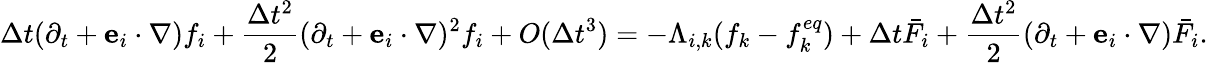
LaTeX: \Delta t({\partial_{t}}+{{\mathbf{e}}_{i}}\cdot\nabla){f_{i}}+\frac{{\Delta{t^{2}}}}{2}{({\partial_{t}}+{{\mathbf{e}}_{i}}\cdot\nabla)^{2}}{f_{i}}+O(\Delta{t^{3}})=-{\Lambda_{i,k}}({f_{k}}-f_{k}^{eq})+\Delta t{{\bar{F}}_{i}}+\frac{{\Delta{t^{2}}}}{2}({\partial_{t}}+{{\mathbf{e}}_{i}}\cdot\nabla){{\bar{F}}_{i}}.